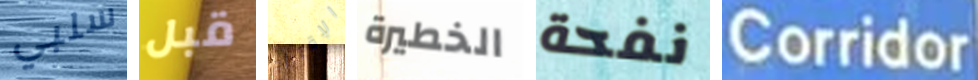
سلبي قبل الإقتراح الخطيرة نفحة Corridor